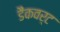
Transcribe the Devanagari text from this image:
डैंकवर्ट